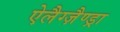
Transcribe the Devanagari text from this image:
ऐलैग्ज़ैण्ड्रा